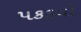
પકડયો